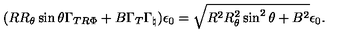
( R R _ { \theta } \sin \theta \Gamma _ { T R \Phi } + B \Gamma _ { T } \Gamma _ { \natural } ) \epsilon _ { 0 } = \sqrt { R ^ { 2 } R _ { \theta } ^ { 2 } \sin ^ { 2 } \theta + B ^ { 2 } } \epsilon _ { 0 } .